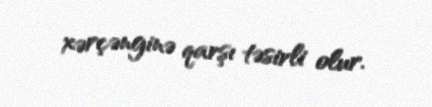
xərçənginə qarşı təsirli olur.